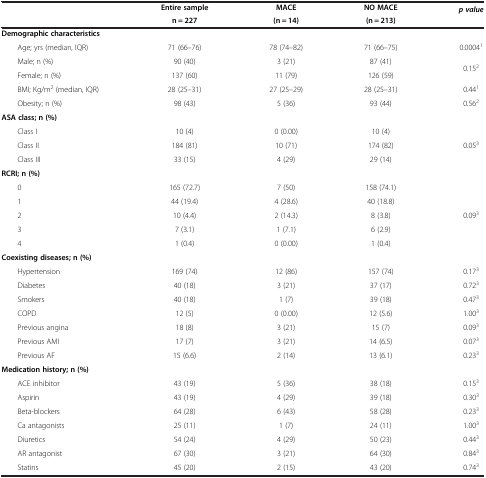
<table><thead><tr><td rowspan="2"><b> </b></td><td><b>Entire sample</b></td><td><b>MACE</b></td><td><b>NO MACE</b></td><td rowspan="2"><b><i>p value</i></b></td></tr><tr><td><b>n = 227</b></td><td><b>(n = 14)</b></td><td><b>(n = 213)</b></td></tr></thead><tbody><tr><td><b>Demographic characteristics</b></td><td> </td><td> </td><td> </td><td> </td></tr><tr><td>Age; yrs (median, IQR)</td><td>71 (66–76)</td><td>78 (74–82)</td><td>71 (66–75)</td><td>0.0004<sup>1</sup></td></tr><tr><td>Male; n (%)</td><td>90 (40)</td><td>3 (21)</td><td>87 (41)</td><td rowspan="2">0.15<sup>2</sup></td></tr><tr><td>Female; n (%)</td><td>137 (60)</td><td>11 (79)</td><td>126 (59)</td></tr><tr><td>BMI; Kg/m<sup>2</sup> (median, IQR)</td><td>28 (25–31)</td><td>27 (25–29)</td><td>28 (25–31)</td><td>0.44<sup>1</sup></td></tr><tr><td>Obesity; n (%)</td><td>98 (43)</td><td>5 (36)</td><td>93 (44)</td><td>0.56<sup>2</sup></td></tr><tr><td><b>ASA class; n (%)</b></td><td> </td><td> </td><td> </td><td> </td></tr><tr><td>Class I</td><td>10 (4)</td><td>0 (0.00)</td><td>10 (4)</td><td rowspan="3">0.05<sup>3</sup></td></tr><tr><td>Class II</td><td>184 (81)</td><td>10 (71)</td><td>174 (82)</td></tr><tr><td>Class III</td><td>33 (15)</td><td>4 (29)</td><td>29 (14)</td></tr><tr><td><b>RCRI; n (%)</b></td><td> </td><td> </td><td> </td><td> </td></tr><tr><td>0</td><td>165 (72.7)</td><td>7 (50)</td><td>158 (74.1)</td><td rowspan="5">0.09<sup>3</sup></td></tr><tr><td>1</td><td>44 (19.4)</td><td>4 (28.6)</td><td>40 (18.8)</td></tr><tr><td>2</td><td>10 (4.4)</td><td>2 (14.3)</td><td>8 (3.8)</td></tr><tr><td>3</td><td>7 (3.1)</td><td>1 (7.1)</td><td>6 (2.9)</td></tr><tr><td>4</td><td>1 (0.4)</td><td>0 (0.00)</td><td>1 (0.4)</td></tr><tr><td><b>Coexisting diseases; n (%)</b></td><td> </td><td> </td><td> </td><td> </td></tr><tr><td>Hypertension</td><td>169 (74)</td><td>12 (86)</td><td>157 (74)</td><td>0.17<sup>3</sup></td></tr><tr><td>Diabetes</td><td>40 (18)</td><td>3 (21)</td><td>37 (17)</td><td>0.72<sup>3</sup></td></tr><tr><td>Smokers</td><td>40 (18)</td><td>1 (7)</td><td>39 (18)</td><td>0.47<sup>3</sup></td></tr><tr><td>COPD</td><td>12 (5)</td><td>0 (0.00)</td><td>12 (5.6)</td><td>1.00<sup>3</sup></td></tr><tr><td>Previous angina</td><td>18 (8)</td><td>3 (21)</td><td>15 (7)</td><td>0.09<sup>3</sup></td></tr><tr><td>Previous AMI</td><td>17 (7)</td><td>3 (21)</td><td>14 (6.5)</td><td>0.07<sup>3</sup></td></tr><tr><td>Previous AF</td><td>15 (6.6)</td><td>2 (14)</td><td>13 (6.1)</td><td>0.23<sup>3</sup></td></tr><tr><td><b>Medication history; n (%)</b></td><td> </td><td> </td><td> </td><td> </td></tr><tr><td>ACE inhibitor</td><td>43 (19)</td><td>5 (36)</td><td>38 (18)</td><td>0.15<sup>3</sup></td></tr><tr><td>Aspirin</td><td>43 (19)</td><td>4 (29)</td><td>39 (18)</td><td>0.30<sup>3</sup></td></tr><tr><td>Beta-blockers</td><td>64 (28)</td><td>6 (43)</td><td>58 (28)</td><td>0.23<sup>3</sup></td></tr><tr><td>Ca antagonists</td><td>25 (11)</td><td>1 (7)</td><td>24 (11)</td><td>1.00<sup>3</sup></td></tr><tr><td>Diuretics</td><td>54 (24)</td><td>4 (29)</td><td>50 (23)</td><td>0.44<sup>3</sup></td></tr><tr><td>AR antagonist</td><td>67 (30)</td><td>3 (21)</td><td>64 (30)</td><td>0.84<sup>3</sup></td></tr><tr><td>Statins</td><td>45 (20)</td><td>2 (15)</td><td>43 (20)</td><td>0.74<sup>3</sup></td></tr></tbody></table>